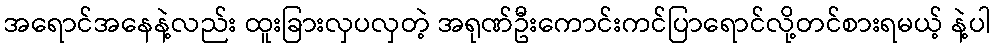
အရောင်အနေနဲ့လည်း ထူးခြားလှပလှတဲ့ အရုဏ်ဦးကောင်းကင်ပြာရောင်လို့တင်စားရမယ့် နဲ့ပါ